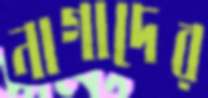
নাগাদের